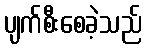
ပျက်စီးစေခဲ့သည်